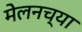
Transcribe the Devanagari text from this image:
मेलनच्या